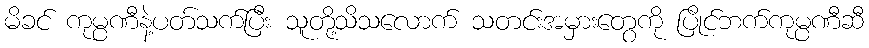
မိခင် ကုမ္ပဏီနဲ့ပတ်သက်ပြီး သူတို့သိသလောက် သတင်းအမှားတွေကို ပြိုင်ဘက်ကုမ္ပဏီဆီ